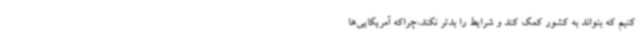
کنیم که بتواند به کشور کمک کند و شرایط را بدتر نکند،چراکه آمریکایی‌ها